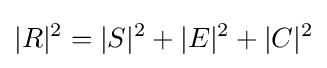
|R|^{2}=|S|^{2}+|E|^{2}+|C|^{2}